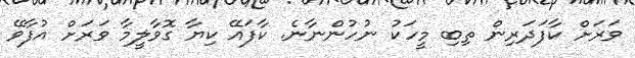
ވަރަށް ކާފަދަރިން ތިބި މީހަކު ނުހުންނާނެ. ކާފައޭ ކިޔާ ގޮވާލީމާ ވަރަށް އުފާވޭ